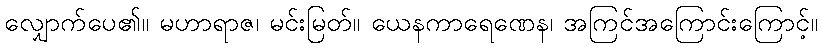
လျှောက်ပေ၏။ မဟာရာဇ၊ မင်းမြတ်။ ယေနကာရေဏေန၊ အကြင်အကြောင်းကြောင့်။